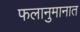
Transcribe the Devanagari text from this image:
फलानुमानात